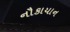
નૌકાયાન